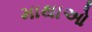
માથાઓ